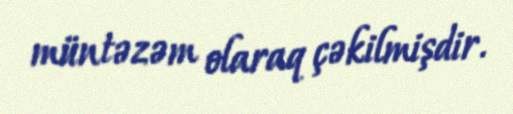
müntəzəm olaraq çəkilmişdir.